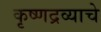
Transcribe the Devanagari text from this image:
कृष्णद्रव्याचे